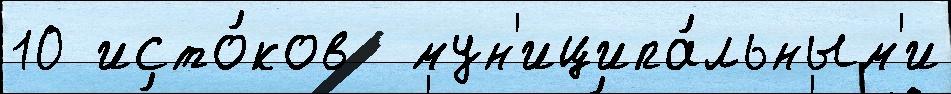
10 исто́ков  мун'иципа́льным'и